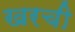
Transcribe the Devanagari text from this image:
खरची